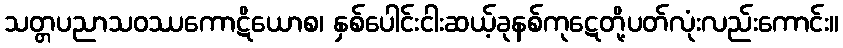
သတ္တပညာသဝဿကောဋိယောစ၊ နှစ်ပေါင်းငါးဆယ့်ခုနစ်ကုဋေတို့ပတ်လုံးလည်းကောင်း။